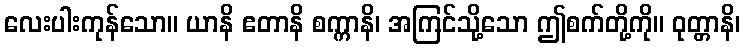
လေးပါးကုန်သော။ ယာနိ ဧတာနိ စက္ကာနိ၊ အကြင်သို့သော ဤစက်တို့ကို။ ဝုတ္တာနိ၊